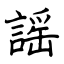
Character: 謡